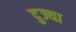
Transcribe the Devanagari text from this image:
दुज्या